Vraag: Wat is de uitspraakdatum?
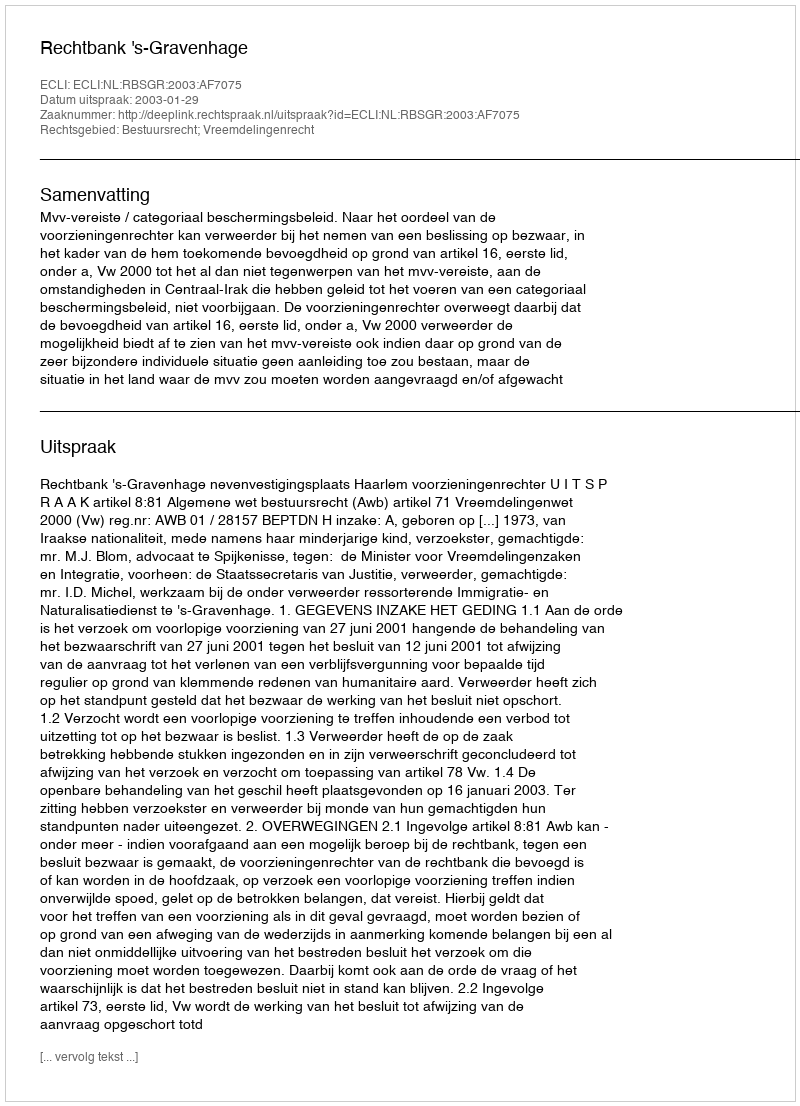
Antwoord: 2003-01-29